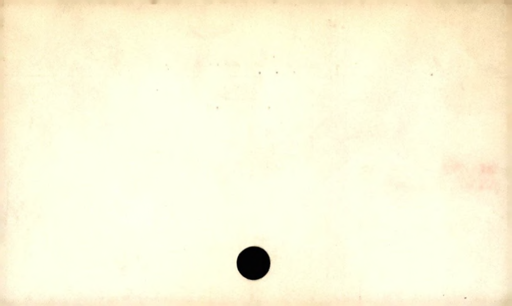
Label: blank